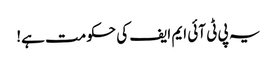
یہ پی ٹی آئی ایم ایف کی حکومت ہے!